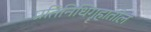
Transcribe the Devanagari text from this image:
प्रतिनिधिगॄहातील